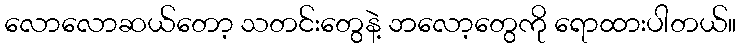
လောလောဆယ်တော့ သတင်းတွေနဲ့ ဘလော့တွေကို ရောထားပါတယ်။